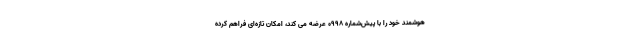
هوشمند خود را با پیش‌شماره 0998 عرضه می کند، امکان تازه‌ای فراهم کرده